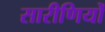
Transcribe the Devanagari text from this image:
सारीणियों